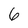
Character: 6